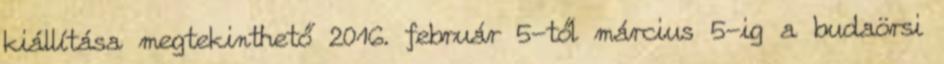
kiállítása megtekinthető 2016. február 5-től március 5-ig a budaörsi